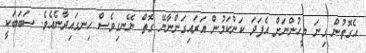
އެގޮތުން ގިނަ މީހުންނަށް އެފަދަ ކަންކަމުން އަރައިގަންނާނޭ ގޮތް ނޭނގިވެސް ހިނގައިދާނެއެވެ. ސަބަބަކީ